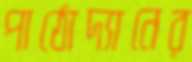
পাঠোদ্যানের